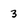
Character: 3